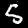
Label: 5